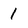
Character: 1